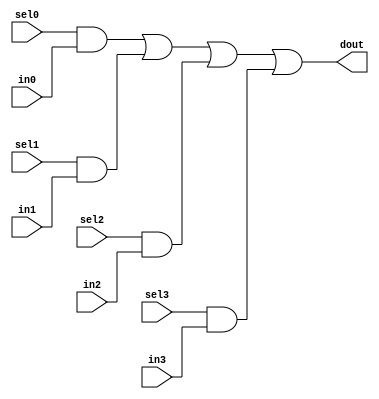
//======================================================================
//                       Bobcat RTL design file
//=======================================================================
//                  AMD PROPRIETARY AND CONFIDENTIAL
//           (c) Copyright 2007 Advanced Micro Devices, Inc.
//=======================================================================
// File Id and RCS Info:
// $Id: mux4d.v,v 1.1 2010/12/08 22:14:14 vsananda Exp $
// $Change: 41975 $
//=======================================================================
// Module Description:
// AND/OR multiplexor with one-hot selects.  
// Zero-hot selects produces a zero output.
//=======================================================================

`timescale 1ps/1ps

module mux4d (dout,
              sel0, in0, 
              sel1, in1, 
              sel2, in2, 
              sel3, in3);

parameter upper = 0;
parameter lower = 0; 
parameter width = upper-lower+1;  // default width of output
   
output [upper:lower] dout;  // data out
reg    [upper:lower] dout;
input                sel0;  // selects
input                sel1;
input                sel2;
input                sel3;
input  [upper:lower] in0;   // data inputs
input  [upper:lower] in1;
input  [upper:lower] in2;
input  [upper:lower] in3;


always @*
    case (^{sel0,sel1,sel2,sel3})
      1'b0, 1'b1:  dout[upper:lower] = ({width{sel0}} & in0[upper:lower]) | 
                                       ({width{sel1}} & in1[upper:lower]) | 
                                       ({width{sel2}} & in2[upper:lower]) | 
                                       ({width{sel3}} & in3[upper:lower]) ;
      default:     dout[upper:lower] = {width{1'bx}};
    endcase

endmodule